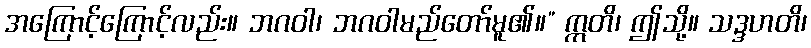
အကြောင့်ကြောင့်လည်း။ ဘဂဝါ၊ ဘဂဝါမည်တော်မူ၏။” ဣတိ၊ ဤသို့။ သဒ္ဒဟတိ၊